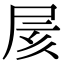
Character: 𡱍